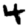
Digit: 4